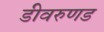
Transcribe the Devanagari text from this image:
डीवरुणड